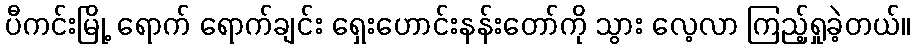
ပီကင်းမြို့ ရောက် ရောက်ချင်း ရှေးဟောင်းနန်းတော်ကို သွား လေ့လာ ကြည့်ရှုခဲ့တယ်။